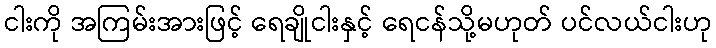
ငါးကို အကြမ်းအားဖြင့် ရေချိုငါးနှင့် ရေငန်သို့မဟုတ် ပင်လယ်ငါးဟု